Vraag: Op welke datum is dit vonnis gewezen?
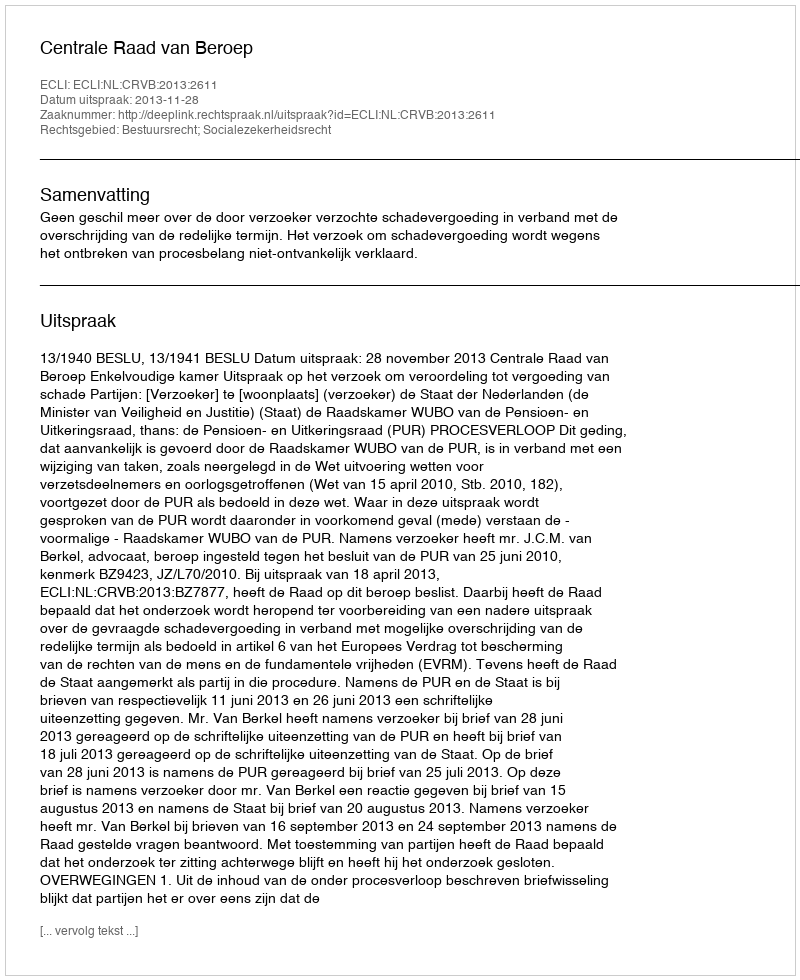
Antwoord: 2013-11-28